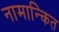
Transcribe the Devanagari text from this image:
नामान्कित